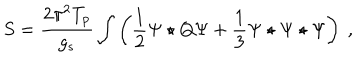
S = \frac { 2 \pi ^ { 2 } T _ { p } } { g _ { s } } \int \left( \frac { 1 } { 2 } \Psi \star Q \Psi + \frac { 1 } { 3 } \Psi \star \Psi \star \Psi \right) \ ,